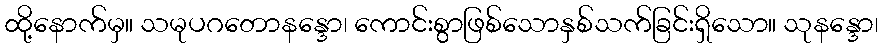
ထို့နောက်မှ။ သမုပဂတောနန္ဒော၊ ကောင်းစွာဖြစ်သောနှစ်သက်ခြင်းရှိသော။ သုနန္ဒော၊